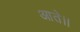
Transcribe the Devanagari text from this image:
आते।।